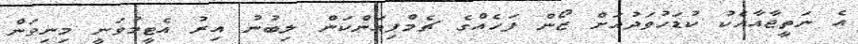
އެެ ނަތީޖާއާއެކު ކުޑަހުވަދުއަށް ޒޯން ފަހެއްގެ ޗެމްޕިއަންކަން ލިބުނު އިރު އެޓީމުވަނީ މިނިވަން